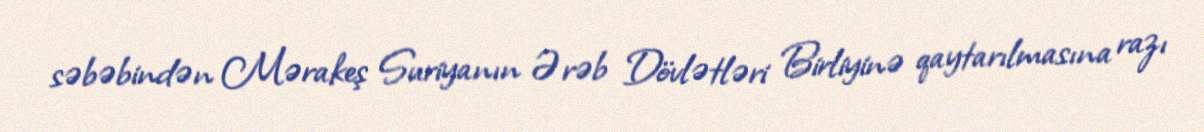
səbəbindən Mərakeş Suriyanın Ərəb Dövlətləri Birliyinə qaytarılmasına razı